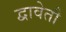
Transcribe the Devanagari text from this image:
द्वावेतौ